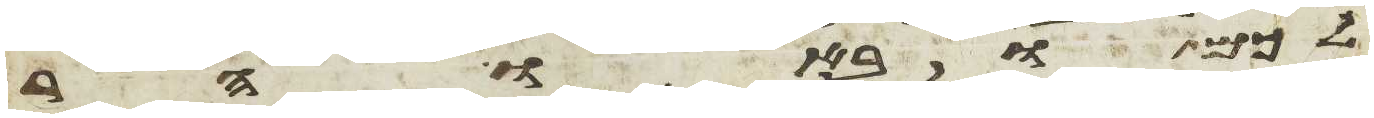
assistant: לכם ובאו הר